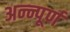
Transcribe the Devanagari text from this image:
अन्न्पूर्ण